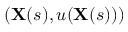
( \mathbf { X } ( s ) , u ( \mathbf { X } ( s ) ) )